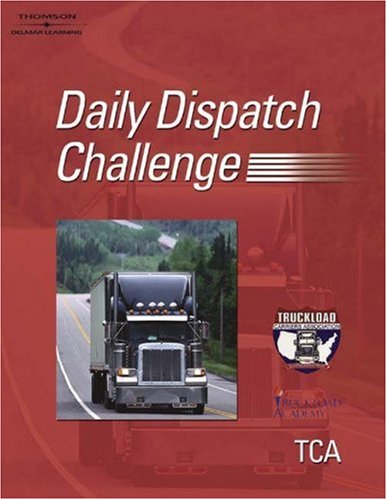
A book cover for Truckload Carrier Association's Daily Dispatch Challenge Training Guide; Greg Mechler; Test Preparation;